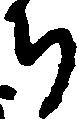
ち